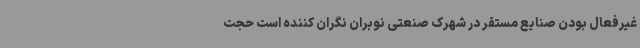
غیرفعال بودن صنایع مستقر در شهرک صنعتی نوبران نگران کننده است حجت